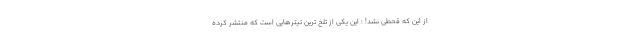
از این که قحطی نشد! ؛ این یکی از تلخ ترین تیترهایی است که منتشر کرده